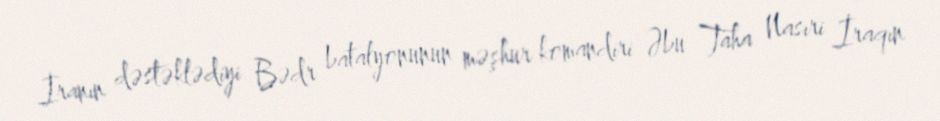
İranın dəstəklədiyi Bədr batalyonunun məşhur komandiri Əbu Taha Nasıri İraqın